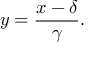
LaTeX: y = { \frac { x - \delta } { \gamma } } .